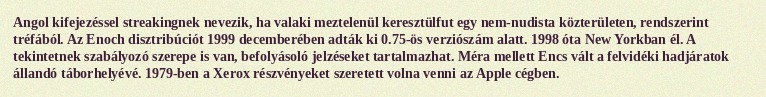
Angol kifejezéssel streakingnek nevezik, ha valaki meztelenül keresztülfut egy nem-nudista közterületen, rendszerint tréfából. Az Enoch disztribúciót 1999 decemberében adták ki 0.75-ös verziószám alatt. 1998 óta New Yorkban él. A tekintetnek szabályozó szerepe is van, befolyásoló jelzéseket tartalmazhat. Méra mellett Encs vált a felvidéki hadjáratok állandó táborhelyévé. 1979-ben a Xerox részvényeket szeretett volna venni az Apple cégben.